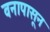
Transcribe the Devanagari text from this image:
वनापासून